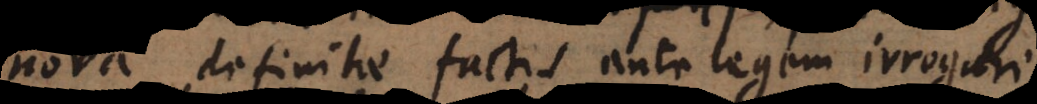
nova definitae factis ante legem irrogari